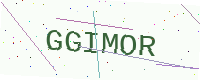
Text: GGIMOR